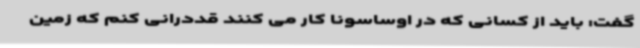
گفت: باید از کسانی که در اوساسونا کار می کنند قددرانی کنم که زمین